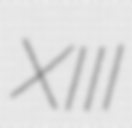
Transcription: XIII